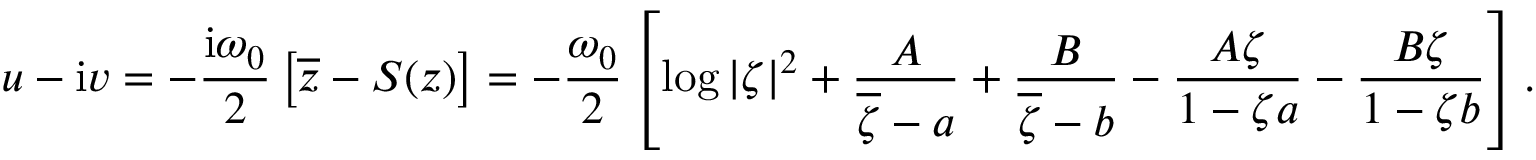
u - \mathrm { i } v = - { \frac { \mathrm { i } \omega _ { 0 } } { 2 } } \left[ \overline { { z } } - S ( z ) \right] = - { \frac { \omega _ { 0 } } { 2 } } \left[ \log | \zeta | ^ { 2 } + { \frac { A } { \overline { { \zeta } } - a } } + { \frac { B } { \overline { { \zeta } } - b } } - { \frac { A \zeta } { 1 - \zeta a } } - { \frac { B \zeta } { 1 - \zeta b } } \right] .